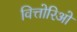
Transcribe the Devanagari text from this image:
वित्तोरिओ